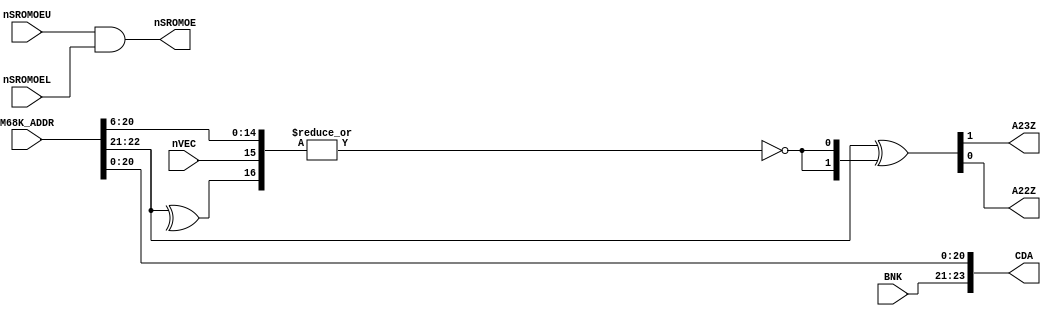
// NeoGeo logic definition
// Copyright (C) 2018 Sean Gonsalves
//
// This program is free software: you can redistribute it and/or modify
// it under the terms of the GNU General Public License as published by
// the Free Software Foundation, either version 3 of the License, or
// (at your option) any later version.
//
// This program is distributed in the hope that it will be useful,
// but WITHOUT ANY WARRANTY; without even the implied warranty of
// MERCHANTABILITY or FITNESS FOR A PARTICULAR PURPOSE.  See the
// GNU General Public License for more details.
//
// You should have received a copy of the GNU General Public License
// along with this program.  If not, see <https://www.gnu.org/licenses/>.

module neo_e0(
	input [23:1] M68K_ADDR,
	input [2:0] BNK,
	input nSROMOEU, nSROMOEL,
	output nSROMOE,
	input nVEC,
	output A23Z, A22Z,
	output [23:0] CDA
);

	assign nSROMOE = nSROMOEU & nSROMOEL;

	// Vector table swap
	// A2*Z = 1 if nVEC == 0 and A == 11000000000000000xxxxxxx
	assign {A23Z, A22Z} = M68K_ADDR[23:22] ^ {2{~|{M68K_ADDR[21:7], ^M68K_ADDR[23:22], nVEC}}};

	// Todo: Check this on real hw (MV4 ?)
	// Memcard area is $800000~$BFFFFF, each word is mapped to one byte
	// 10000000 00000000 00000000
	// 10111111 11111111 11111111
	// --xxxxxx xxxxxxxx xxxxxxx-
	// bbbaaaaa aaaaaaaa aaaaaaaa
	assign CDA = {BNK, M68K_ADDR[21:1]};
	
endmodule